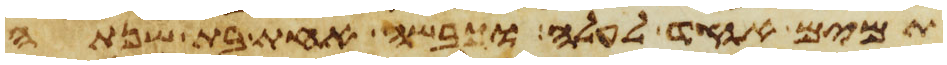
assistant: תמים אחד לעלה וכבשה אחת בת שנתה